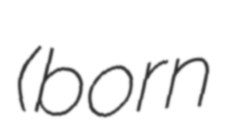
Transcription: (born